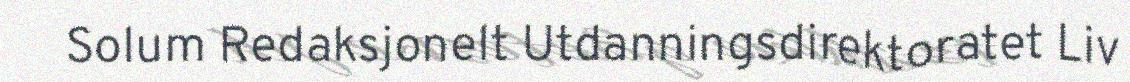
Solum Redaksjonelt Utdanningsdirektoratet Liv